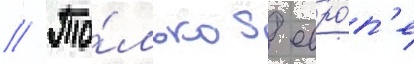
// То́лько в евро́п'е